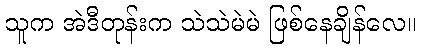
သူက အဲဒီတုန်းက သဲသဲမဲမဲ ဖြစ်နေချိန်လေ။